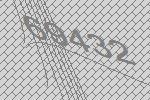
69432